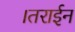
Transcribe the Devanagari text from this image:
।तराईन